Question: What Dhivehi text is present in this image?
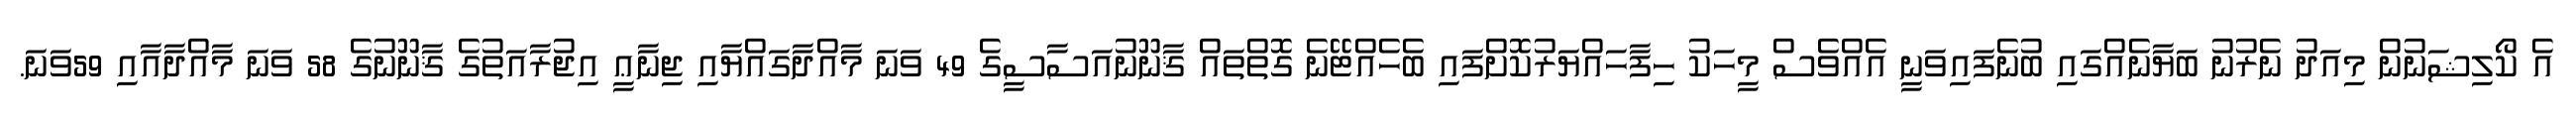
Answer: އެ ކޯލިޝަނުން މިއަދު ނެރުނު ބަޔާނެއްގައި ބުނެފައިވަނީ އެއްވެސް މީހަކު ހިފާހައްޔަރުކޮށްފައި ބެހެއްޓޭނެ ގޮތްތައް ޤާނޫނުއަސާސީގެ 49 ވަނަ މާއްދާގައްޔާއި ޖިނާޢީ އިޖުރާއަތުގެ ޤާނޫނުގެ 58 ވަނަ މާއްދާއާއި 59ވަނަ.